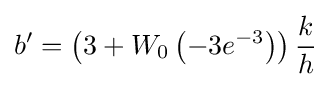
b'=\left(3+W_{0}\left(-3e^{-3}\right)\right){\frac {k}{h}}